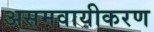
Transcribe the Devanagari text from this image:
असमवायीकरण